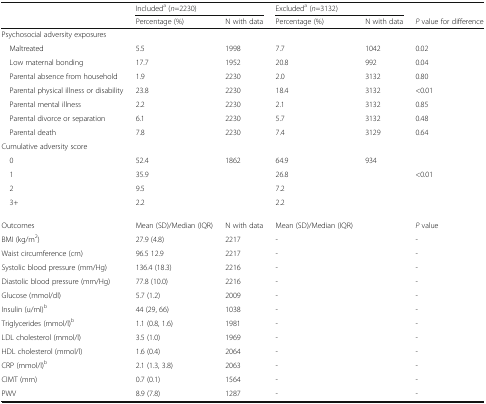
<table><thead><tr><td></td><td colspan="2"><b>Included<sup>a</sup> (<i>n</i>=2230)</b></td><td colspan="2"><b>Excluded<sup>a</sup> (<i>n</i>=3132)</b></td><td></td></tr><tr><td></td><td><b>Percentage (%)</b></td><td><b>N with data</b></td><td><b>Percentage (%)</b></td><td><b>N with data</b></td><td><b><i>P</i> value for difference</b></td></tr></thead><tbody><tr><td>Psychosocial adversity exposures</td><td></td><td></td><td></td><td></td><td></td></tr><tr><td> Maltreated</td><td>5.5</td><td>1998</td><td>7.7</td><td>1042</td><td>0.02</td></tr><tr><td> Low maternal bonding</td><td>17.7</td><td>1952</td><td>20.8</td><td>992</td><td>0.04</td></tr><tr><td> Parental absence from household</td><td>1.9</td><td>2230</td><td>2.0</td><td>3132</td><td>0.80</td></tr><tr><td> Parental physical illness or disability</td><td>23.8</td><td>2230</td><td>18.4</td><td>3132</td><td>&lt;0.01</td></tr><tr><td> Parental mental illness</td><td>2.2</td><td>2230</td><td>2.1</td><td>3132</td><td>0.85</td></tr><tr><td> Parental divorce or separation</td><td>6.1</td><td>2230</td><td>5.7</td><td>3132</td><td>0.48</td></tr><tr><td> Parental death</td><td>7.8</td><td>2230</td><td>7.4</td><td>3129</td><td>0.64</td></tr><tr><td>Cumulative adversity score</td><td></td><td></td><td></td><td></td><td></td></tr><tr><td> 0</td><td>52.4</td><td>1862</td><td>64.9</td><td>934</td><td></td></tr><tr><td> 1</td><td>35.9</td><td></td><td>26.8</td><td></td><td>&lt;0.01</td></tr><tr><td> 2</td><td>9.5</td><td></td><td>7.2</td><td></td><td></td></tr><tr><td> 3+</td><td>2.2</td><td></td><td>2.2</td><td></td><td></td></tr><tr><td>Outcomes</td><td>Mean (SD)/Median (IQR)</td><td>N with data</td><td>Mean (SD)/Median (IQR)</td><td></td><td><i>P</i> value</td></tr><tr><td>BMI (kg/m<sup>2</sup>)</td><td>27.9 (4.8)</td><td>2217</td><td>-</td><td></td><td>-</td></tr><tr><td>Waist circumference (cm)</td><td>96.5 12.9</td><td>2217</td><td>-</td><td></td><td>-</td></tr><tr><td>Systolic blood pressure (mm/Hg)</td><td>136.4 (18.3)</td><td>2216</td><td>-</td><td></td><td>-</td></tr><tr><td>Diastolic blood pressure (mm/Hg)</td><td>77.8 (10.0)</td><td>2216</td><td>-</td><td></td><td>-</td></tr><tr><td>Glucose (mmol/dl)</td><td>5.7 (1.2)</td><td>2009</td><td>-</td><td></td><td>-</td></tr><tr><td>Insulin (u/ml)<sup>b</sup></td><td>44 (29, 66)</td><td>1038</td><td>-</td><td></td><td>-</td></tr><tr><td>Triglycerides (mmol/l)<sup>b</sup></td><td>1.1 (0.8, 1.6)</td><td>1981</td><td>-</td><td></td><td>-</td></tr><tr><td>LDL cholesterol (mmol/l)</td><td>3.5 (1.0)</td><td>1969</td><td>-</td><td></td><td>-</td></tr><tr><td>HDL cholesterol (mmol/l)</td><td>1.6 (0.4)</td><td>2064</td><td>-</td><td></td><td>-</td></tr><tr><td>CRP (mmol/l)<sup>b</sup></td><td>2.1 (1.3, 3.8)</td><td>2063</td><td>-</td><td></td><td>-</td></tr><tr><td>CIMT (mm)</td><td>0.7 (0.1)</td><td>1564</td><td>-</td><td></td><td>-</td></tr><tr><td>PWV</td><td>8.9 (7.8)</td><td>1287</td><td>-</td><td></td><td>-</td></tr></tbody></table>